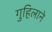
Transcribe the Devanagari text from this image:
गुहिलाने